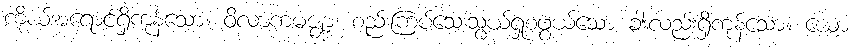
ကိုယ်အရောင်ရှိကုန်သော။ ဝိလာကမဇ္ဈာ၊ စည်းကြပ်သေးသွယ်ရှုစဖွယ်သော ခါးလည်းရှိကုန်သော။ ယော